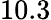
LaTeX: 10.3